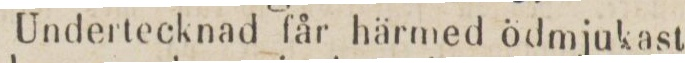
Undertecknad får härmed ödmjukast